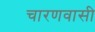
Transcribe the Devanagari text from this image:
चारणवासी